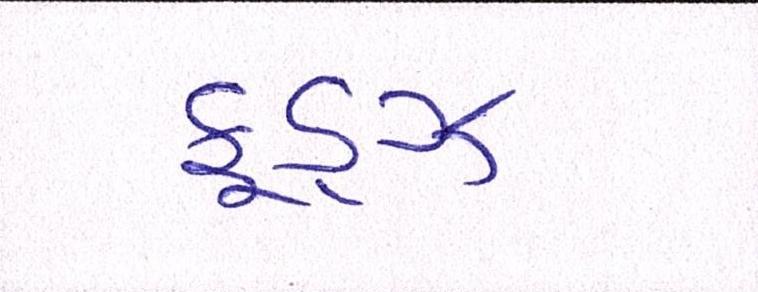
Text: ફૂડ્ઝ